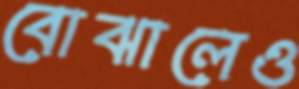
বোঝালেও